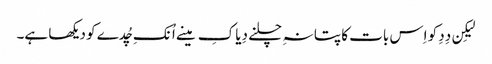
لیکِن دِدِ کو اِس بات کا پتا نہِ چلنے دِیا کِ مینے اُنکِ چُدے کو دیکھا ہے۔